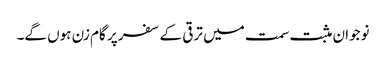
نوجوان مثبت سمت میں ترقی کے سفر پر گام زن ہوں گے۔